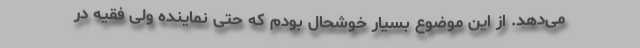
می‌دهد. از این موضوع بسیار خوشحال بودم که حتی نماینده ولی فقیه در